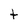
Character: t